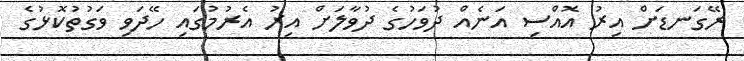
ރޭގަނޑަށް އިރު އޮއްސި އަނެއް ދުވަހުގެ ދުވާލަށް އިރު އެރުމުގައި ހޭދަވި ވަގުތުކޮޅުގެ